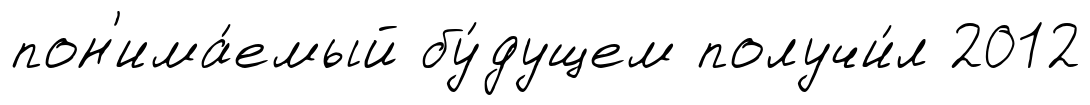
пон'има́емый бу́дущем получи́л 2012